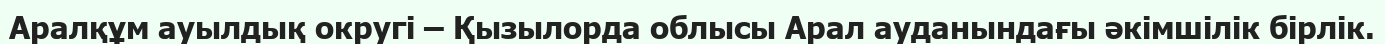
Аралқұм ауылдық округі – Қызылорда облысы Арал ауданындағы әкімшілік бірлік.